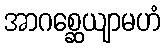
အာဂစ္ဆေယျာမဟံ